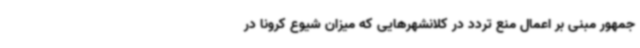
جمهور مبنی بر اعمال منع تردد در کلانشهرهایی که میزان شیوع کرونا در